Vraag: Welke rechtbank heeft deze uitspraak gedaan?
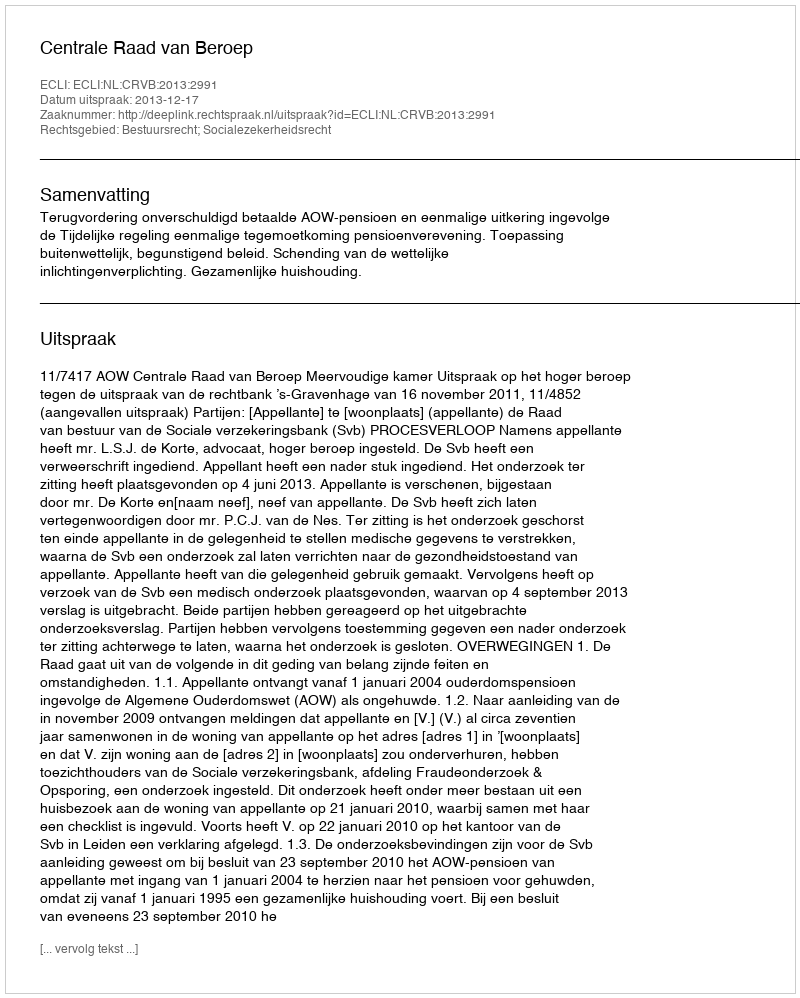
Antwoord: Centrale Raad van Beroep